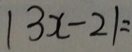
\vert 3 x - 2 \vert =